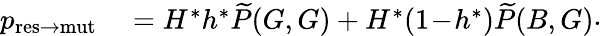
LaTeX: \begin{array}{rl}{p_{\mathrm{res\to mut}}}&{{}=H^{\ast}h^{\ast}\widetilde{P}(G,G)+H^{\ast}(1\! -\! h^{\ast})\widetilde{P}(B,G)}\end{array}.